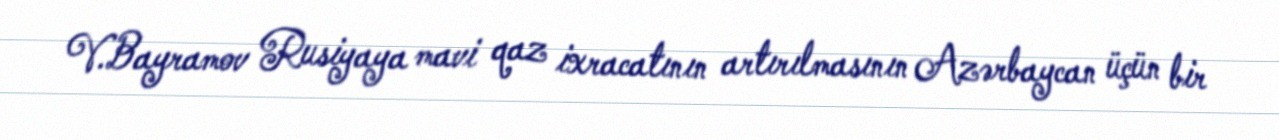
V.Bayramov Rusiyaya mavi qaz ixracatının artırılmasının Azərbaycan üçün bir